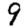
Digit: 9